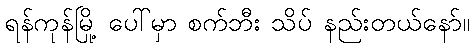
ရန်ကုန်မြို့ ပေါ်မှာ စက်ဘီး သိပ် နည်းတယ်နော်။